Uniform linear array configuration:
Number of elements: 48
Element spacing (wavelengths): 1
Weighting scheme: binomial
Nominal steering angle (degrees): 30
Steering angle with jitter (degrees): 30.794
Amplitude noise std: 0.05
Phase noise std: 0.05

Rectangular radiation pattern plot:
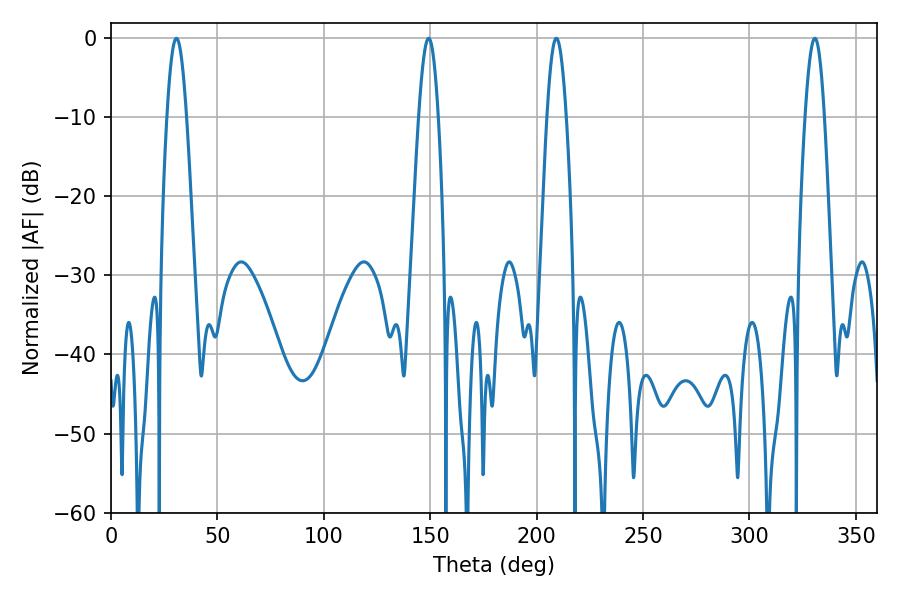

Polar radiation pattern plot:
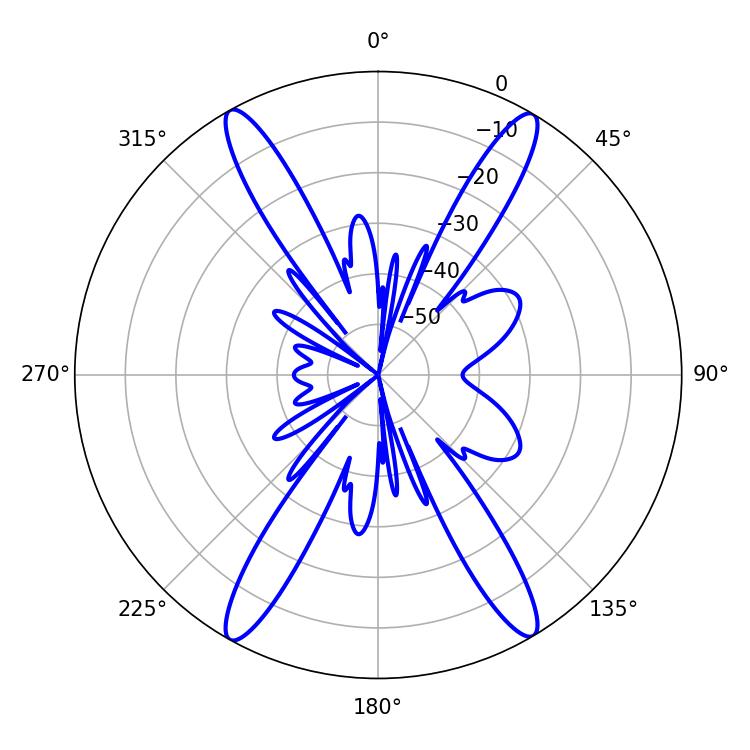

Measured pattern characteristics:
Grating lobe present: TRUE
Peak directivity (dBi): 24.971
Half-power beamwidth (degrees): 5.04
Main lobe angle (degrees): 30.78